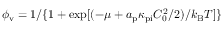
\phi _ { \mathrm { v } } = 1 / \{ 1 + \exp [ ( - \mu + a _ { \mathrm { p } } \kappa _ { \mathrm { p i } } C _ { 0 } ^ { 2 } / 2 ) / k _ { \mathrm { B } } T ] \}